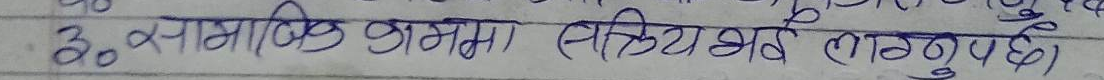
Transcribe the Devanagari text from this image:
३. सामाजिक काममा सक्रिय भई लाग्नुपर्छ।